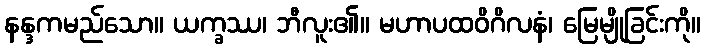
နန္ဒကမည်သော။ ယက္ခဿ၊ ဘီလူး၏။ မဟာပထဝိဂိလနံ၊ မြေမျိုခြင်းကို။